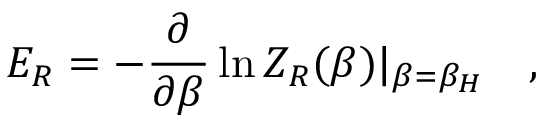
E _ { R } = - { \frac { \partial } { \partial \beta } } \ln Z _ { R } ( \beta ) | _ { \beta = \beta _ { H } } ~ ~ ~ ,